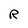
Character: R